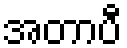
အတာပီ